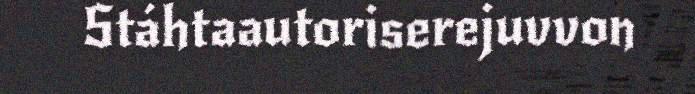
Stáhtaautoriserejuvvon